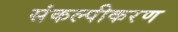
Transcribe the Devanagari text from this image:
संकल्पीकरण